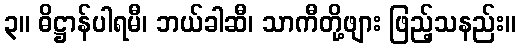
၃။ ဓိဋ္ဌာန်ပါရမီ၊ ဘယ်ခါဆီ၊ သာကီတို့ဖျား ဖြည့်သနည်း။